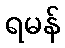
ရမန်